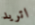
اتريد